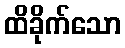
ထိခိုက်သော